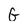
Character: G